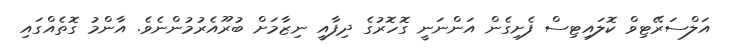
އަލްސަރޭޓިވް ކޮލައިޓިސް ފެށިގެން އަންނަނީ ގޮހޮރުގެ ދިފާއީ ނިޒާމަށް ބުރޫއެރުމުންނެވެ. އާންމު ގޮތެއްގައި